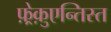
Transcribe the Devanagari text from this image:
फ़्रेक़ुएन्तिस्त